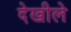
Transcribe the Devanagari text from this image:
देखीले